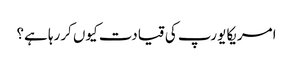
امریکا یورپ کی قیادت کیوں کررہا ہے؟